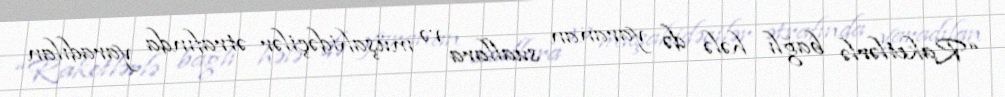
“Raketlərlə bağlı hələ də yaranan suallara və müşahidəçilər ətrafında yaradılan